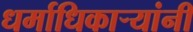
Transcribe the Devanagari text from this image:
धर्माधिकार्‍यांनीं